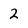
Character: 2